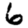
Digit: 6